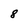
Character: 8